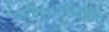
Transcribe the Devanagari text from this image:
कविराजविरचित